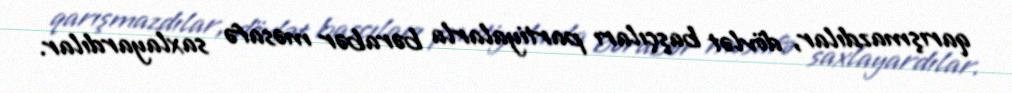
qarışmazdılar, dövlət başçıları partiyalarla bərabər məsafə saxlayardılar.